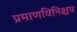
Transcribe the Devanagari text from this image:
प्रमाणविनिश्चय